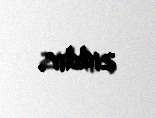
ziddir.